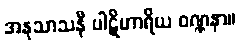
အနုသာသနီ ပါဋိဟာရိယ ဝဏ္ဏနာ။